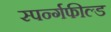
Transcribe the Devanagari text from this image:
स्पर्न्गफील्ड